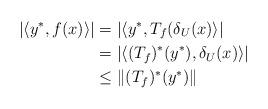
LaTeX: \begin{align*}\left|\left\langle y^*,f(x)\right\rangle\right|&=\left|\left\langle y^*,T_{f}(\delta _{U}(x)\right\rangle\right|\\ &=\left|\left\langle (T_{f})^*(y^*),\delta _{U}(x)\right\rangle\right|\\ &\leq \left\|(T_{f})^*(y^*)\right\| \end{align*}